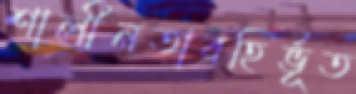
শালীনতাবহির্ভূত